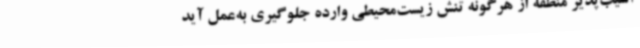
آسیب‌پذیر منطقه از هرگونه تنش زیست‌محیطی وارده جلوگیری به‌عمل آید